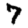
Digit: 7